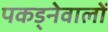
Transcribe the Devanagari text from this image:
पकड्नेवालों